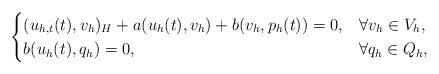
LaTeX: \begin{align*}\begin{cases}(u_{h,t}(t), v_h)_H + a(u_h(t),v_h) + b(v_h,p_h(t)) = 0 , & \forall v_h \in V_h, \\b(u_h(t),q_h) = 0, & \forall q_h \in Q_h,\end{cases}\end{align*}